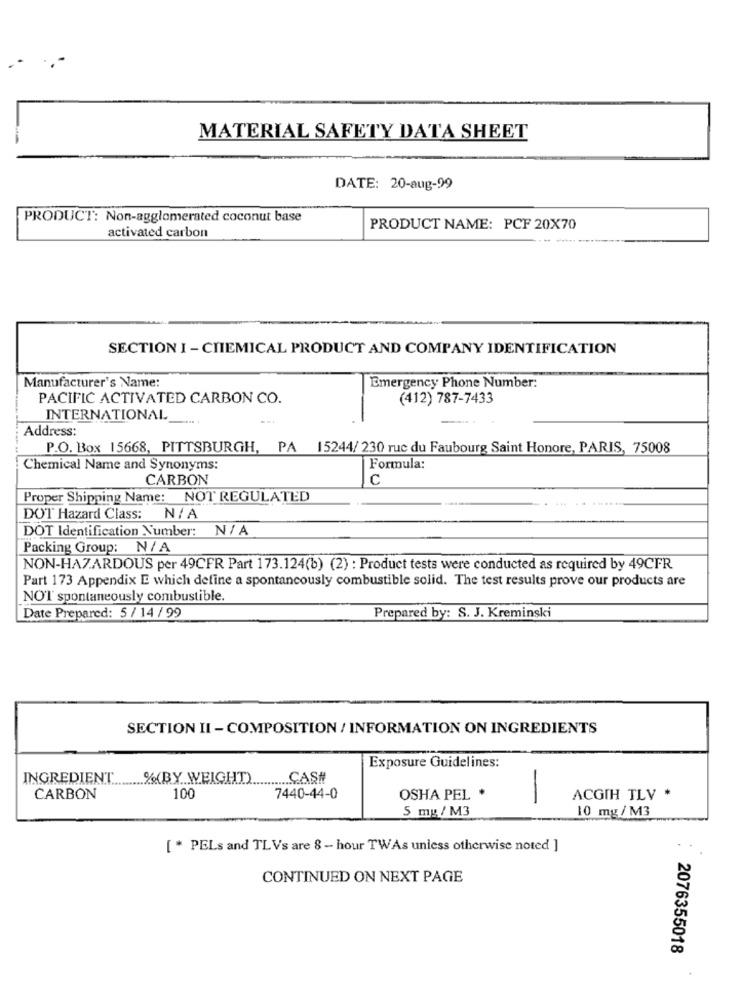
MATERIAL SAFETY DATA SHEET
DATE: 20-aug-99
PRODUCT: Non-agglomerated coconut base
PRODUCT NAME: PCF 20X70
activated carbon
SECTION I - CHEMICAL PRODUCT AND COMPANY IDENTIFICATION
Manufacturer's Name:
Emergency Phone Number:
PACIFIC ACTIVATED CARBON CO.
(412) 787-7433
INTERNATIONAL
Address:
P.O. Box 15668, PITTSBURGH, PA 15244/ 230 ruc du Faubourg Saint Honore, PARIS, 75008
Chemical Name and Synonyms:
Formula:
CARBON
C
Proper Shipping Name: NOT REGULATED
DOT Hazard Class: N/ A
DOT Identification Number: N/ A
Packing Group: N/ A
NON-HAZARDOUS per 49CFR Part 173.124(b) (2) : Product tests were conducted as required by 49CFR
Part 173 Appendix E which define a spontaneously combustible solid. The test results prove our products are
NOT spontaneously combustible.
Date Prepared: 5 / 14/99
Prepared by: S. J. Kreminski
SECTION II - COMPOSITION / INFORMATION ON INGREDIENTS
Exposure Guidelines:
INGREDIENT ...
... %%(BY WEIGHT).
CASH
........
CARBON
100
7440-44-0
OSHA PEL *
-
ACGIH TLV *
5 mg / M3
10 mg/ M3
[ * PELs and TL Vs are 8 - hour TWAs unless otherwise noted ]
CONTINUED ON NEXT PAGE
2076355018